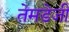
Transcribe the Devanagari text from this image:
तेमडेजी